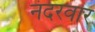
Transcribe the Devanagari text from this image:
नंदरवार